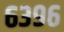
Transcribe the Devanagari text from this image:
६३९६